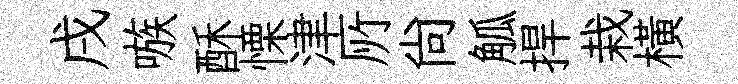
戌嗾酥慄津𠩄尙觚捍栽横